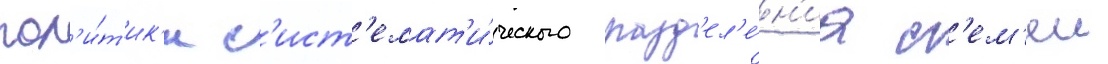
пол'и́т'ик'и с'ист'емат'и́ческого разд'ел'е́н'иа с'ем'еи